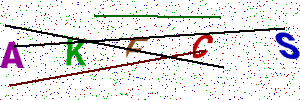
Text: AKFCS